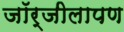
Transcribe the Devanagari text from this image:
जॉर्जीलापण